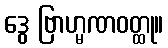
ဒွေ ဗြာဟ္မဏဝတ္ထု။